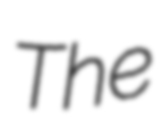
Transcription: The